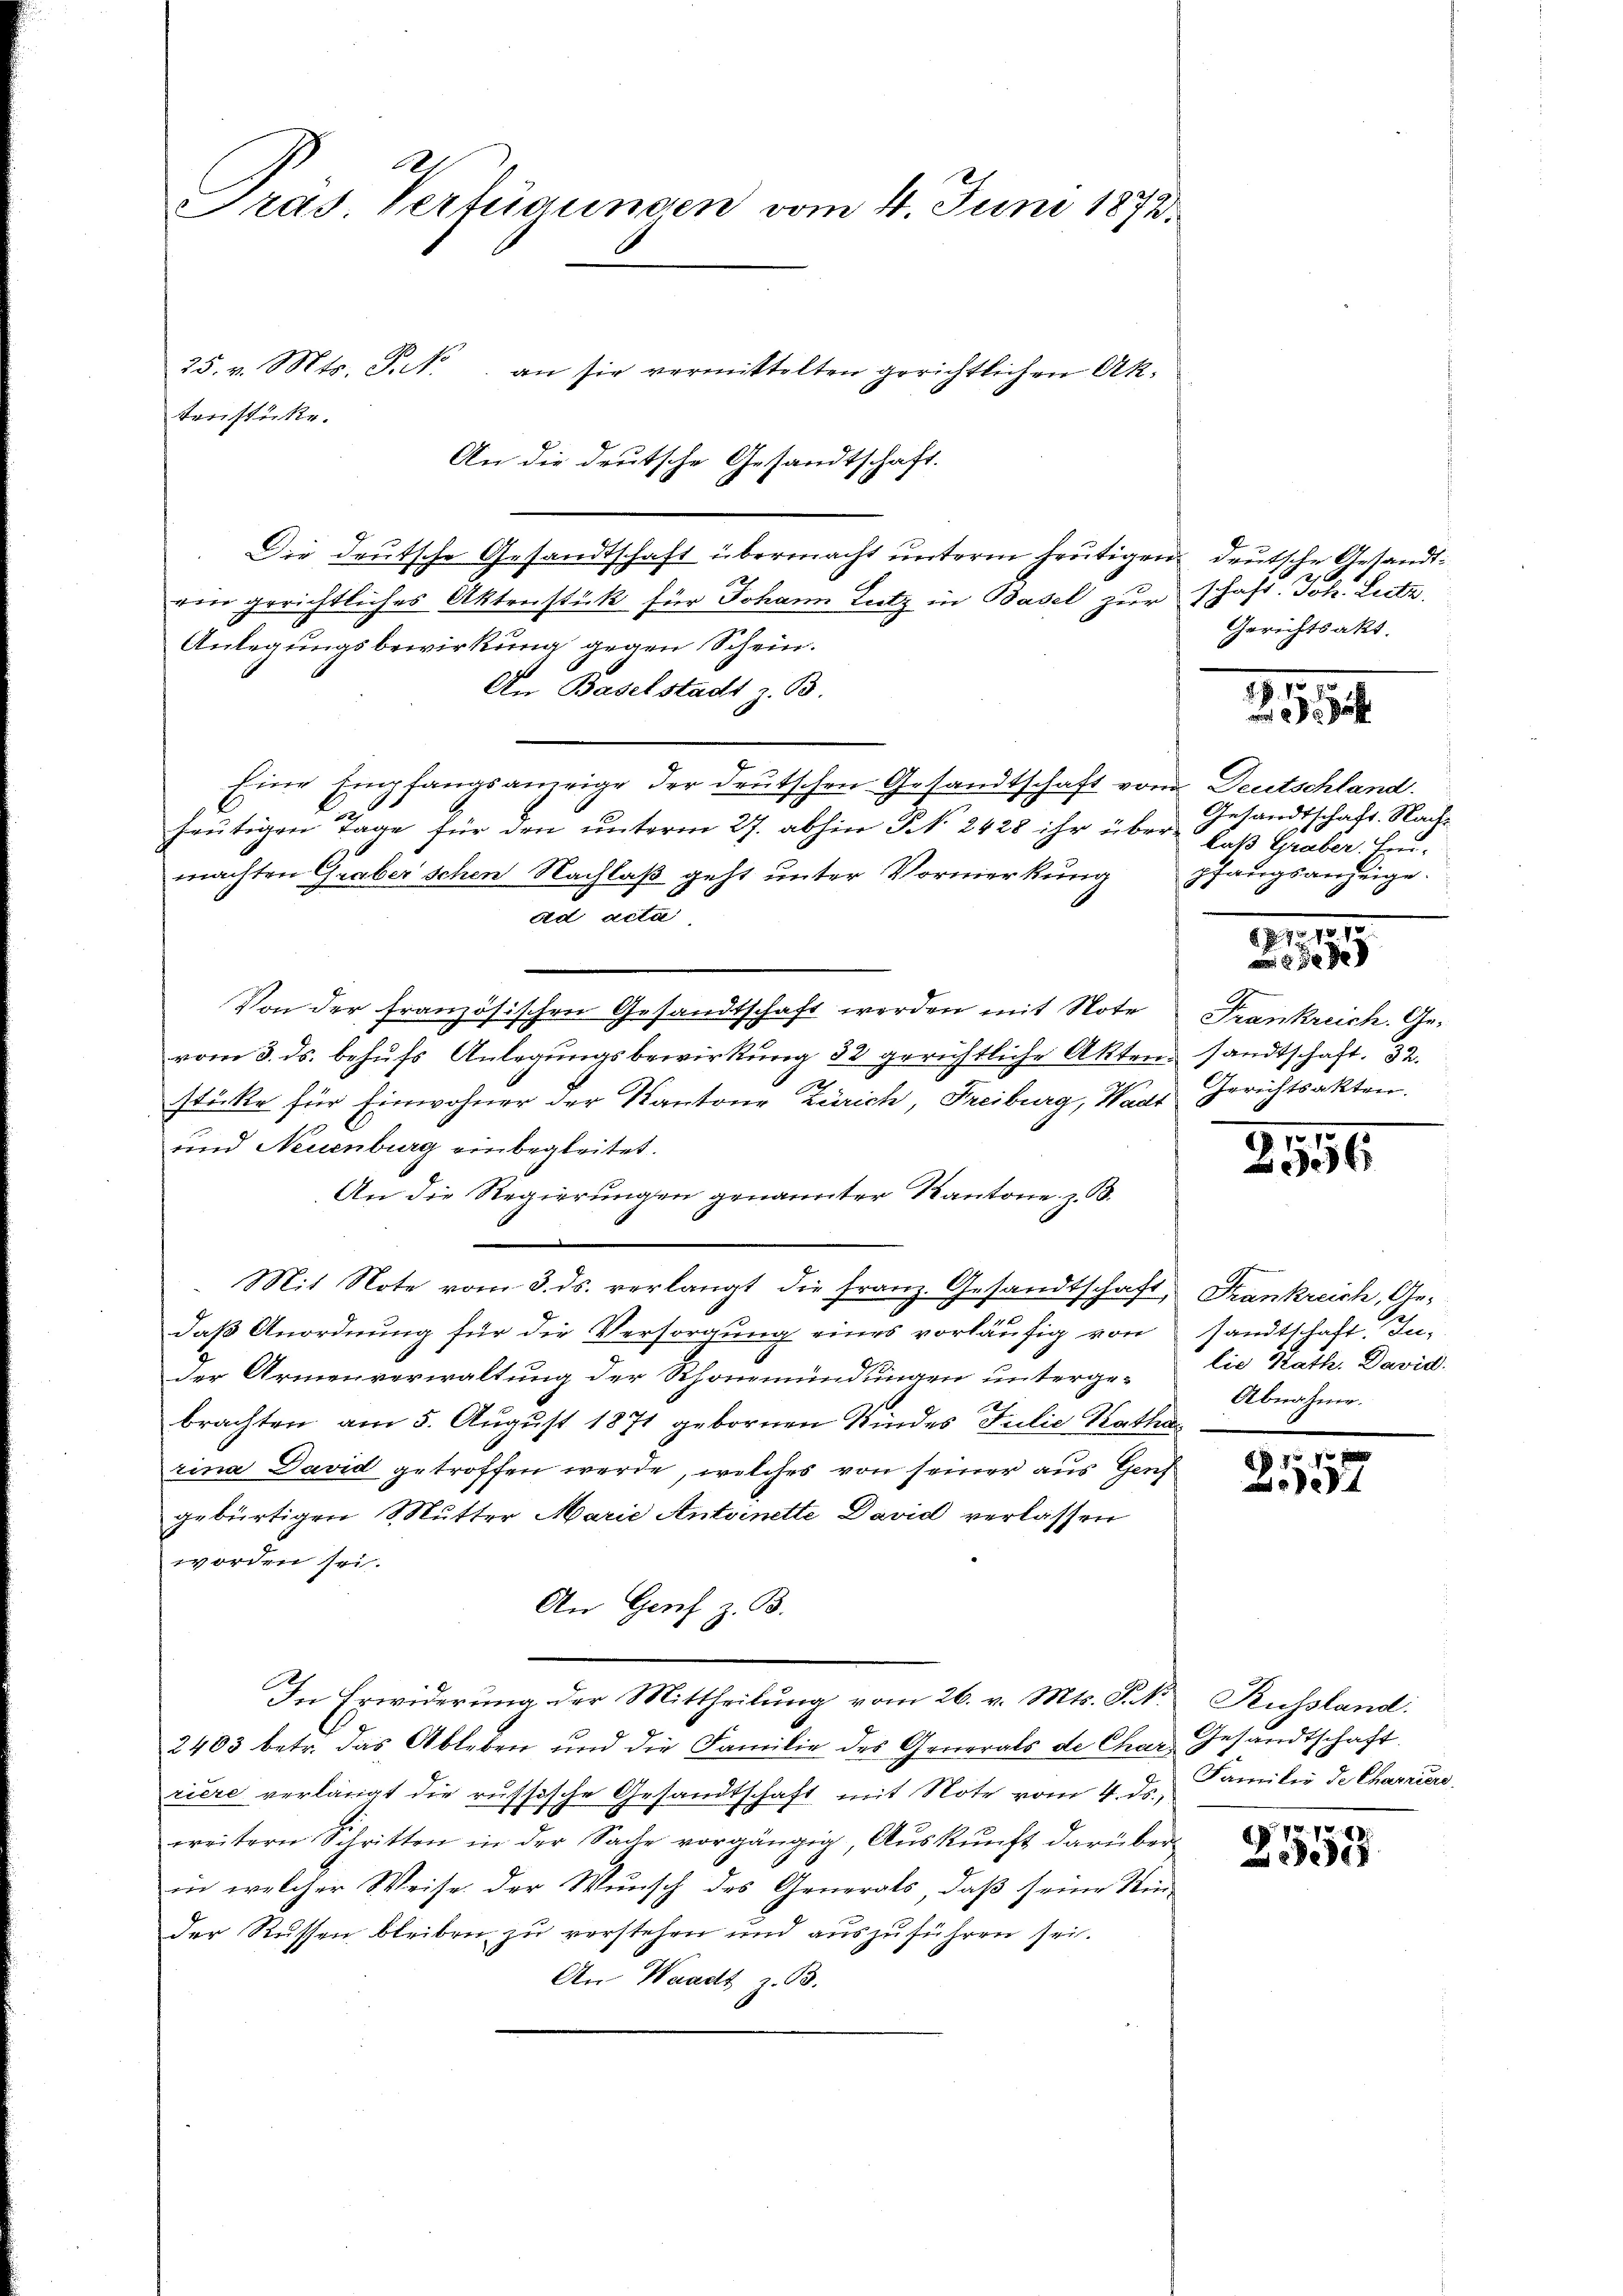
Pras. Verfügungen vom 4. Juni 1873.

25. v. Mts. Frk. an sie vermittelten gerichtlichen Ak¬
An die deutsche Gesandtschaft.
Die deutsche Gesandtschaft übermacht unterm heutigen
ein gerichtliches Aktenstück für Johann Lutz in Basel zur
Anlegungsbewirkung gegen Schein.
An Baselstadt z. B.
Eine Empfangsanzeige der deutschen Gesandtschaft vom Deutschland.
heŭtigen Tage für den unterm 27. abhin § 2428 ihr über das Graber Eimachten Graber schen Nachlaß geht unter Vormerkung
ad acta
Von der französischen Gesandtschaft werden mit Note
vom 3. ds. behufs Anlegungsbewirkung 32 gerichtliche Akten sandtschaft. 32.
stöcke für Einwohner der Kantone Zürich, Freiburg, Wadt
und Neuenburg einbegleitet.
An die Regierungen genannter Kantone z. B.
Mit Note vom 3. ds. verlangt die franz. Gesandtschaft,
daß Anordnung für die Versorgung eines vorläufig von
der Armenverwaltung der Rhonemündungen untergebrachten am 5. August 1871 gebornen Kindes Freilie Katha
rina David getroffen werde, welches von seiner aus Gerh
gebürtigen Mutter Marie Antoinette David verlassen
worden sei.
An Genf z. B.
In Erwiderung der Mittheilung vom 26. v. Mts. S. 1
2485 betr. das Ableben und die Familie des Generals de Charriere verlangt die russische Gesandtschaft mit Note vom 4. ds.,
weitern Schritten in der Sache vorgängig, Aŭskŭnft darüber-
in welcher Weise der Wunsch des Generals, daß seine Rinder Russen bleiben zu verstehen und auszuführen sei.
An Waadt z. B.

tenstücke.

deutsche Gestandt-
.
schaft. Joh. Letz
Gerichtsakt.

2954.

Gesandtschaft. Nach-
pfangsanzeige.

31.10.

Frankreich. Ge¬
Gerichtsakten.

11
56

Frankreich, Gesandtschaft. In-
lie Kath. David.
Abnahme.

2157

Russland:
Gesandtschaft.
Familie de Charriere

2553